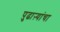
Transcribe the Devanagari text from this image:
पुढाऱ्यांचा